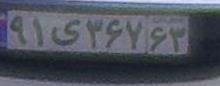
۹۱ی۳۶۷۶۳